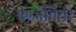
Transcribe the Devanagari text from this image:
ऐग्जेवियर